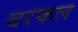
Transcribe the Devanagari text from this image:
बरकल